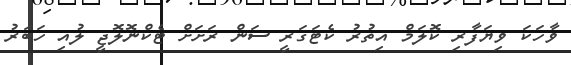
ވާހަކަ ވިޔަފާރި ކޮލަމް އިތުރު ކެޓަގަރީ ސަން ރަށަށް ޓެކްނޮލޮޖީ ލުއި ހަބަރު